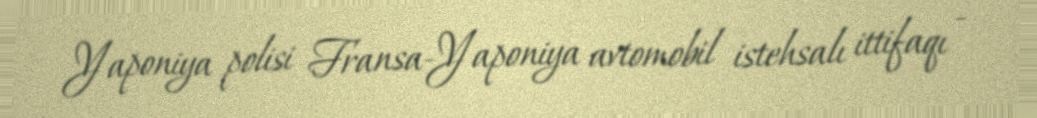
Yaponiya polisi Fransa-Yaponiya avtomobil istehsalı ittifaqı -